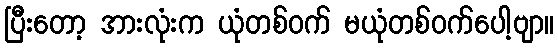
ပြီးတော့ အားလုံးက ယုံတစ်ဝက် မယုံတစ်ဝက်ပေါ့ဗျာ။